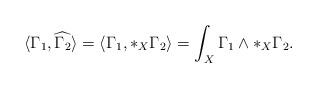
LaTeX: \begin{align*}\langle \Gamma_1,\widehat{\Gamma_2} \rangle = \langle\Gamma_1,*_X\Gamma_2\rangle = \int_X \Gamma_1 \wedge *_X \Gamma_2.\end{align*}